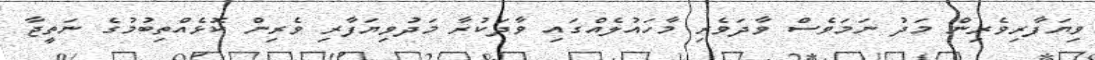
ވިޔަފާރިވެރިން މަދު ނަމަވެސް ވާދަވެރި މާހައުލެއްގައި ވާދަކުރާ މަދުވިޔަފާރި ވެރިން ކޮޅެއްތިބުމުގެ ނަތީޖާ